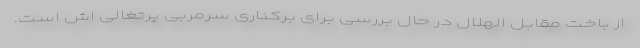
از باخت مقابل الهلال در حال بررسی برای برکناری سرمربی پرتغالی اش است.